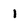
Character: 1